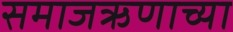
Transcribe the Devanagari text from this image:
समाजऋणाच्या